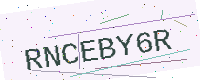
Text: RNCEBY6R